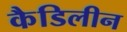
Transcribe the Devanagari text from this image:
कैडिलीन